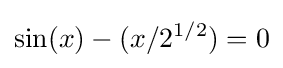
\sin(x)-(x/2^{1/2})=0